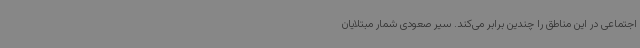
اجتماعی در این مناطق را چندین برابر می‌کند. سیر صعودی شمار مبتلایان